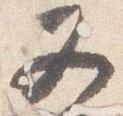
又